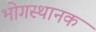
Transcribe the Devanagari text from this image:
भोगस्थानक